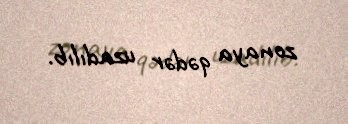
zonaya qədər uzadılıb.